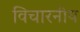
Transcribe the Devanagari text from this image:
विचारनीय